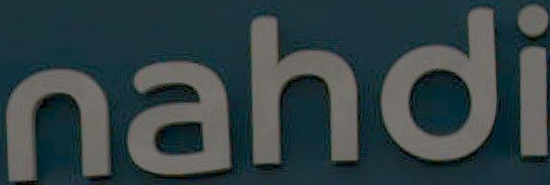
nahdi